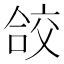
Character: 𭉁